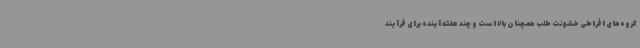
گروه‌های افراطی خشونت طلب همچنان بالا است و چند هفته آینده برای فرآیند